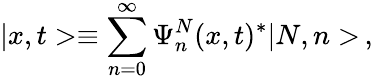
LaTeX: |x,t>\equiv\sum_{n=0}^{\infty}\Psi_{n}^{N}(x,t)^{*}|N,n>\, ,